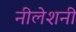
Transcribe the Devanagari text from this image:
नीलेशनी